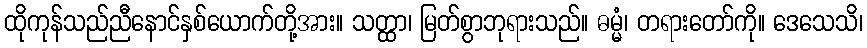
ထိုကုန်သည်ညီနောင်နှစ်ယောက်တို့အား။ သတ္ထာ၊ မြတ်စွာဘုရားသည်။ ဓမ္မံ၊ တရားတော်ကို။ ဒေသေသိ၊